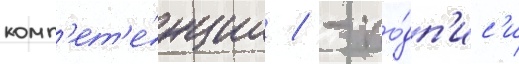
комп'ет'е́нции / - по́дп'ис'и